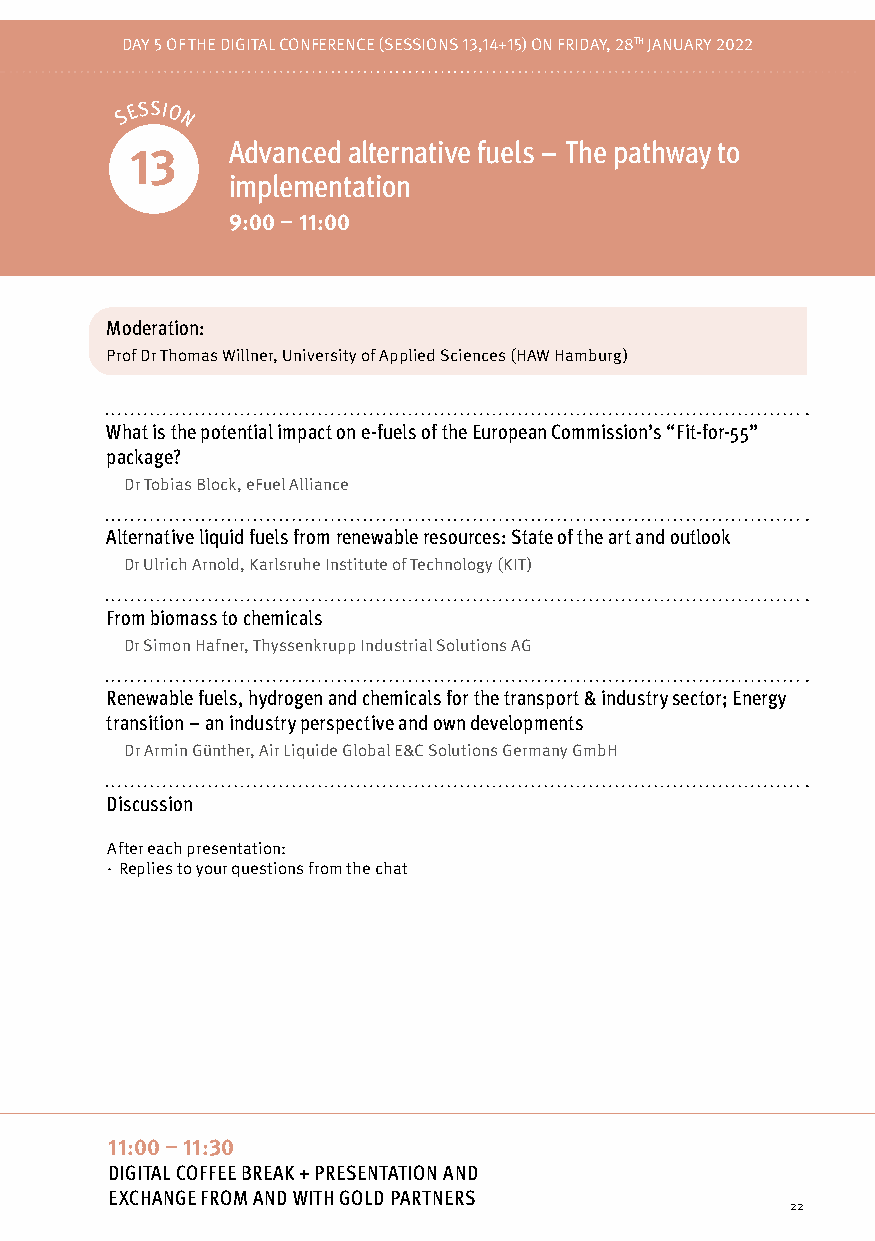
DAY 5 OF THE DIGITAL CONFERENCE (SESSIONS 13,14+15) ON FRIDAY, 28TH JANUARY 2022
 S E SSIO
 N
 Advanced alternative fuels – The pathway to
 13
 implementation
 9:00 – 11:00
 Moderation:
 Prof Dr Thomas Willner, University of Applied Sciences (HAW Hamburg)
 What is the potential impact on e-fuels of the European Commission’s “Fit-for-55”
 package?
 Dr Tobias Block, eFuel Alliance
 Alternative liquid fuels from renewable resources: State of the art and outlook
 Dr Ulrich Arnold, Karlsruhe Institute of Technology (KIT)
 From biomass to chemicals
 Dr Simon Hafner, Thyssenkrupp Industrial Solutions AG
 Renewable fuels, hydrogen and chemicals for the transport & industry sector; Energy
 transition – an industry perspective and own developments
 Dr Armin Günther, Air Liquide Global E&C Solutions Germany GmbH
 Discussion
 After each presentation:
 · Replies to your questions from the chat
 11:00 – 11:30
 DIGITAL COFFEE BREAK + PRESENTATION AND
 EXCHANGE FROM AND WITH GOLD PARTNERS
 22